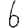
Digit: 6